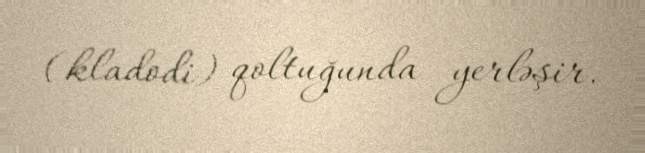
(kladodi) qoltuğunda yerləşir.